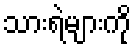
သားရဲများကို